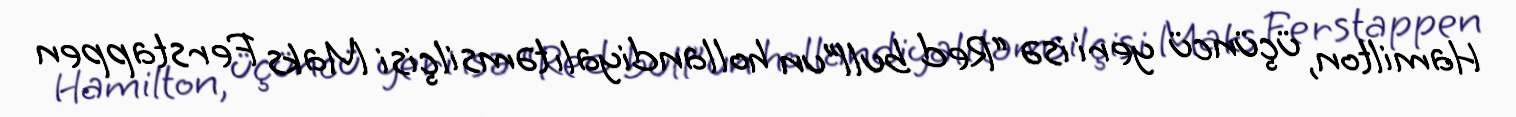
Hamilton, üçüncü yeri isə “Red bull”un hollandiyalı təmsilçisi Maks Ferstappen